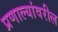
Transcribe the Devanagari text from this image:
प्रणाल्यांवरील